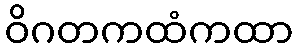
ဝိဂတကထံကထာ